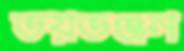
ভয়ভঞ্জন